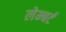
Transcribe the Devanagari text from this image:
लेम्‍बर्ट